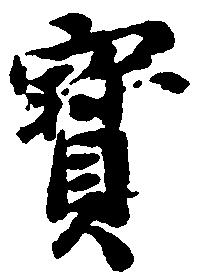
宝